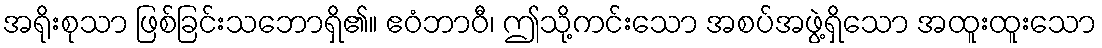
အရိုးစုသာ ဖြစ်ခြင်းသဘောရှိ၏။ ဧဝံဘာဝီ၊ ဤသို့ကင်းသော အစပ်အဖွဲ့ရှိသော အထူးထူးသော